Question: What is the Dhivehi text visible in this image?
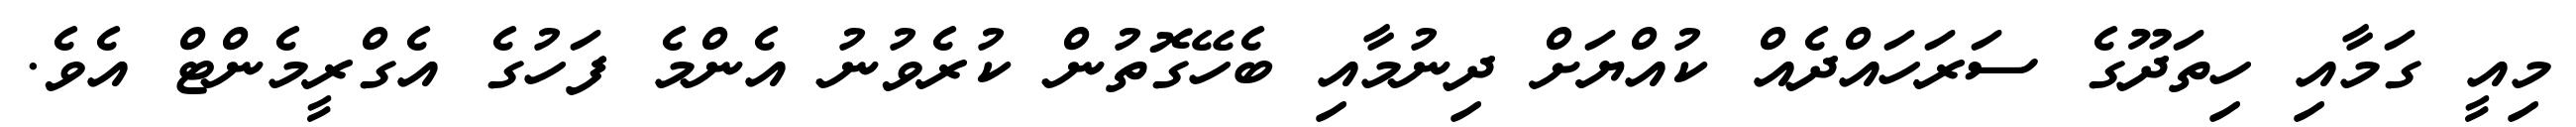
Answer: މިއީ ގަމާއި ހިތަދޫގެ ސަރަހައްދެއް ކުއްޔަށް ދިނުމާއި ބެހޭގޮތުން ކުރެވުނު އެންމެ ފަހުގެ އެގްރީމެންޓް އެވެ.